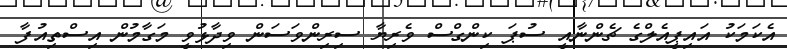
އެކަމަކު އައިޕީއެލްގެ ޗެންނާއީ ސުޕަ ކިންގްސް ވެރިޔާ ސިރިންވަސަން ވިދާޅުވީ މަގާމުން އިސްތިއުފާ